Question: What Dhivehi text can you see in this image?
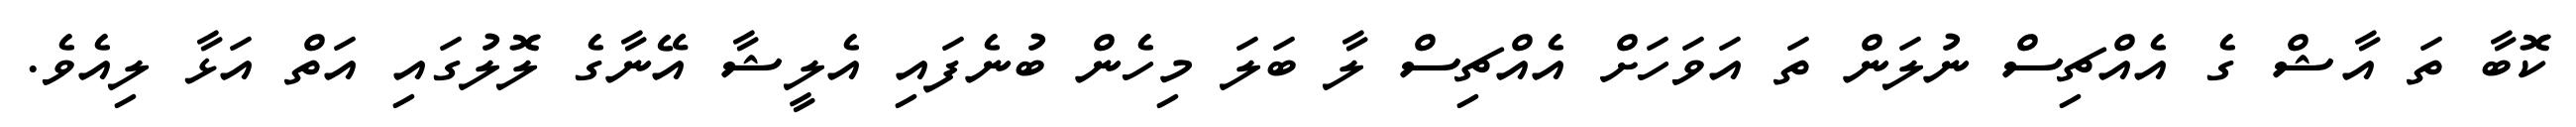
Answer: ކޮބާ ތަ އާޝް ގެ އެއްޗިސް ނުލަން ތަ އަވަހަށް އެއްޗިސް ލާ ބަލަ މިހެން ބުނެފައި އެލީޝާ އޭނާގެ ލޮލުގައި އަތް އަޅާ ލިއެވެ.